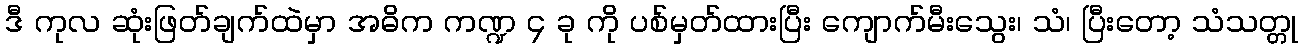
ဒီ ကုလ ဆုံးဖြတ်ချက်ထဲမှာ အဓိက ကဏ္ဍ ၄ ခု ကို ပစ်မှတ်ထားပြီး ကျောက်မီးသွေး၊ သံ၊ ပြီးတော့ သံသတ္တု